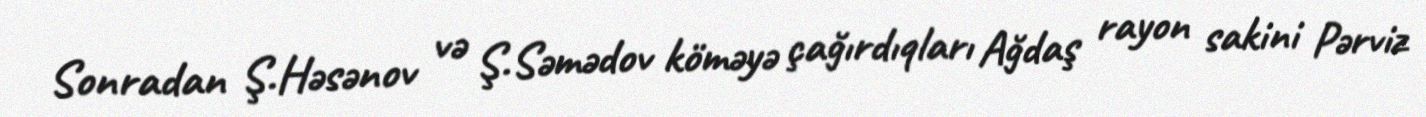
Sonradan Ş.Həsənov və Ş.Səmədov köməyə çağırdıqları Ağdaş rayon sakini Pərviz